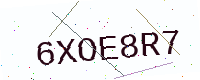
Text: 6XOE8R7